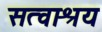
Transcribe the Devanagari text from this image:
सत्वाश्रय